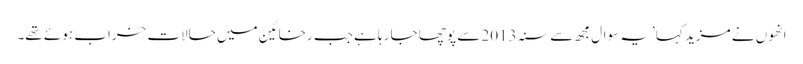
انھوں نے مزید کہا ’یہ سوال مجھ سے سنہ 2013 سے پوچھا جا رہا ہے جب رخائین میں حالات خراب ہوئے تھے۔